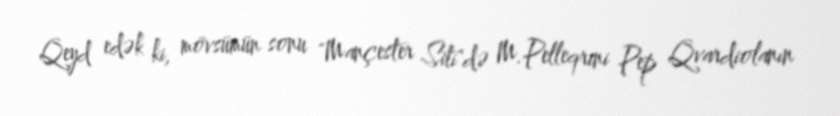
Qeyd edək ki, mövsümün sonu "Mançester Siti"də M.Pelleqrini Pep Qvardiolanın